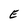
Character: E